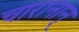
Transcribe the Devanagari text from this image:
चारानान्